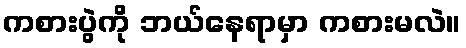
ကစားပွဲကို ဘယ်နေရာမှာ ကစားမလဲ။